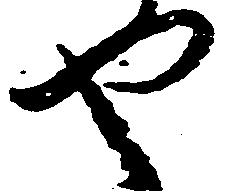
や